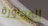
المجاورة